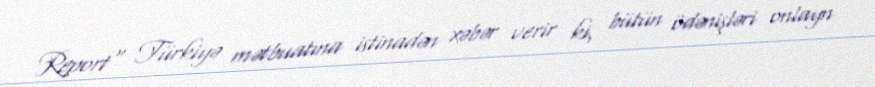
Report" Türkiyə mətbuatına istinadən xəbər verir ki, bütün ödənişləri onlayn